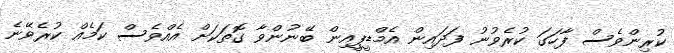
ކުރިންވެސް ފާހަގަ ކުރެވުނު ފަދައިން އެމްޑީޕީއިން ބޭނުންވާ ގޮތަކަށް އެއްވެސް ކަމެއް ކުރެވޭނެ